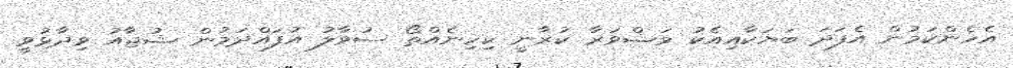
އެހެންކަމުން އެފަދަ ބަޔަކާއިއެކު މަޝްވަރާ ކުރާނީ ކިހިނެއްތޯ ސުވާލު އުފައްދަމުން ޝުޖާއު ވިދާޅުވީ